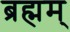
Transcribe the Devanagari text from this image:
ब्रह्मम्